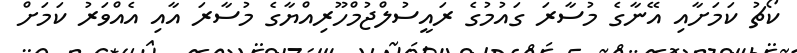
ކޯޗު ކަމަށާއި އޭނާގެ މުސާރަ ގައުމުގެ ރައީސުލްޖުމްހޫރިއްޔާގެ މުސާރަ އާއި އެއްވަރު ކަމަށް